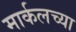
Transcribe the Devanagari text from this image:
मार्कलच्या